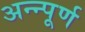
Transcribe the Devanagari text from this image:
अन्न्पूर्ण